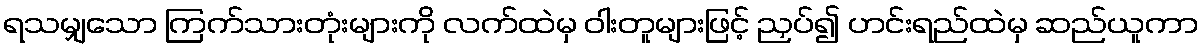
ရသမျှသော ကြက်သားတုံးများကို လက်ထဲမှ ဝါးတူများဖြင့် ညှပ်၍ ဟင်းရည်ထဲမှ ဆည်ယူကာ